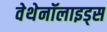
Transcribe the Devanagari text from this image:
वेथेनॉलाइड्स